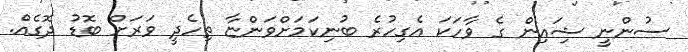
ސުންނީ ޝިައިން ގެ ވާހަކަ އެގިހުރެ ބުނިކަމަށްވަންޏާ ތިހެދީ ވަރަށް ބޮޑު ދޮގެއް.